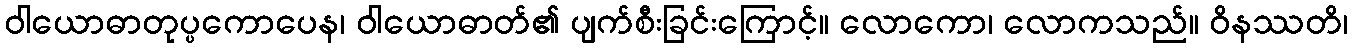
ဝါယောဓာတုပ္ပကောပေန၊ ဝါယောဓာတ်၏ ပျက်စီးခြင်းကြောင့်။ လောကော၊ လောကသည်။ ဝိနဿတိ၊